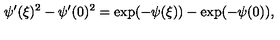
\psi ^ { \prime } ( \xi ) ^ { 2 } - \psi ^ { \prime } ( 0 ) ^ { 2 } = \exp ( - \psi ( \xi ) ) - \exp ( - \psi ( 0 ) ) ,